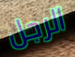
الرجل